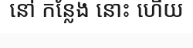
នៅ កន្លែង នោះ ហើយ